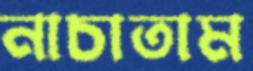
নাচাতাম